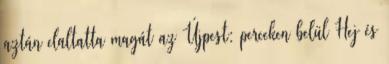
aztán elaltatta magát az Újpest: perceken belül Hej és